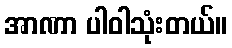
အာဏာ ပါဝါသုံးတယ်။